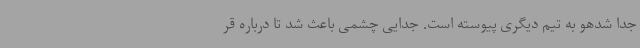
جدا شدهو به تیم دیگری پیوسته است. جدایی چشمی باعث شد تا درباره قر